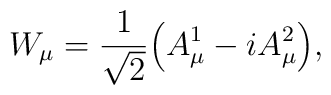
W_{\mu}=\frac{1}{\sqrt{2}}\Big( A_{\mu}^{1}-iA_{\mu}^{2} \Big),